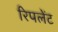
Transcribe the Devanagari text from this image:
रिपलेंट